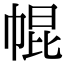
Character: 𢃚